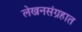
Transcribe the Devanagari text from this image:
लेखनसंग्रहात